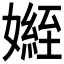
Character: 𭒟